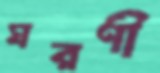
ঘরণী